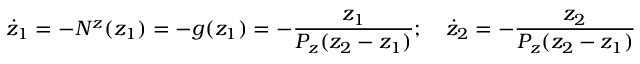
\dot { z } _ { 1 } = - N ^ { z } ( z _ { 1 } ) = - g ( z _ { 1 } ) = - \frac { z _ { 1 } } { P _ { z } ( z _ { 2 } - z _ { 1 } ) } ; ~ ~ ~ \dot { z } _ { 2 } = - \frac { z _ { 2 } } { P _ { z } ( z _ { 2 } - z _ { 1 } ) }